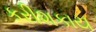
કરીશકાય